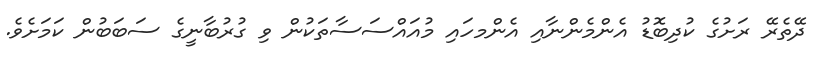
ދޭތެރޭ ރަށުގެ ކުދިބޮޑު އެންމެންނާއި އެންމހައި މުއައްސަސާތަކުން ވި ގުރުބާނީގެ ސަބަބުން ކަމަށެވެ.